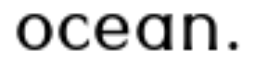
ocean.